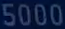
5000